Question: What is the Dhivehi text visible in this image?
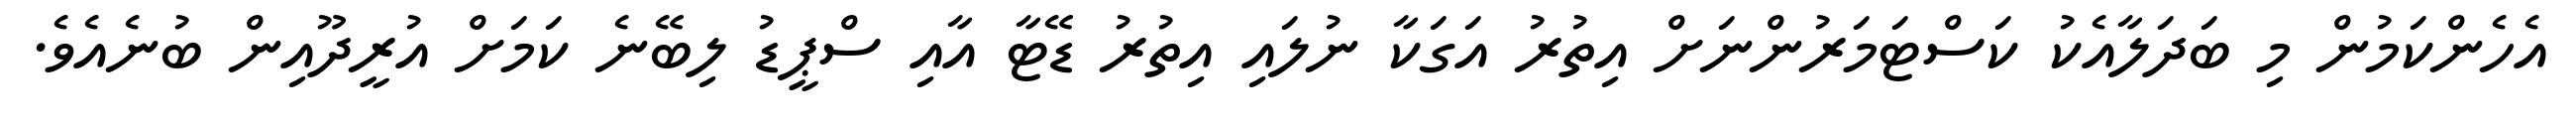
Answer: އެހެންކަމުން މި ބަދަލާއެކު ކަސްޓަމަރުންނަށް އިތުރު އަގަކާ ނުލައި އިތުރު ޑޭޓާ އާއި ސްޕީޑު ލިބޭނެ ކަމަށް އުރީދޫއިން ބުނެއެވެ.